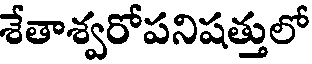
శేతాశ్వరోపనిషత్తులో